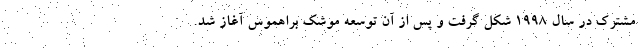
مشترک در سال 1998 شکل گرفت و پس از آن توسعه موشک براهموس آغاز شد.